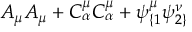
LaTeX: A _ { \mu } A _ { \mu } + C _ { \alpha } ^ { \mu } C _ { \alpha } ^ { \mu } + \psi _ { \{ 1 } ^ { \mu } \psi _ { 2 \} } ^ { \nu }